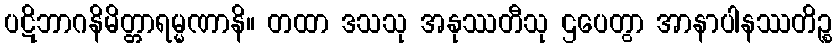
ပဋိဘာဂနိမိတ္တာရမ္မဏာနိ။ တထာ ဒသသု အနုဿတီသု ဌပေတွာ အာနာပါနဿတိဉ္စ